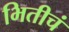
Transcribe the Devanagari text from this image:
भितीचं